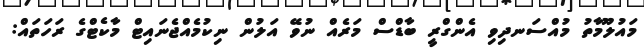
މައުލޫމާތު މުއްސަނދިވި އެންގްރީ ބާޑްސް މަރެއް ނުވޭ އަލުން ނިކުމެއްޖެނައިޓް މާކެޓްގެ ރަހަތައް: